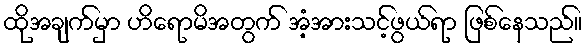
ထိုအချက်မှာ ဟိရောမိအတွက် အံ့အားသင့်ဖွယ်ရာ ဖြစ်နေသည်။